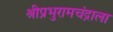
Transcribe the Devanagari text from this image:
श्रीप्रभुरामचंद्राला